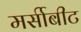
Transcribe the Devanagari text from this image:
मर्सीबीट